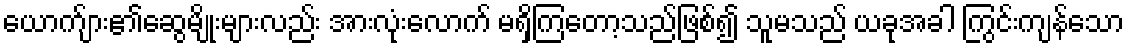
ယောက်ျား၏ဆွေမျိုးများလည်း အားလုံးလောက် မရှိကြတော့သည်ဖြစ်၍ သူမသည် ယခုအခါ ကြွင်းကျန်သော